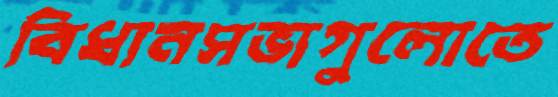
বিধানসভাগুলোতে